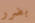
بضرر